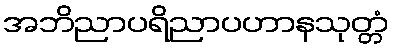
အဘိညာပရိညာပဟာနသုတ္တံ